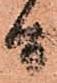
間